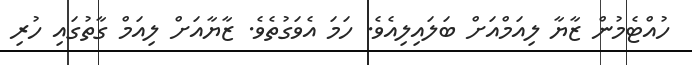
ހުއްޓެމުން ޒާޔާ ލިއަމްއަށް ބަލައިލިއެވެ. ހަމަ އެވަގުތެވެ. ޒާޔާއަށް ލިއަމް ގާތުގައި ހުރި